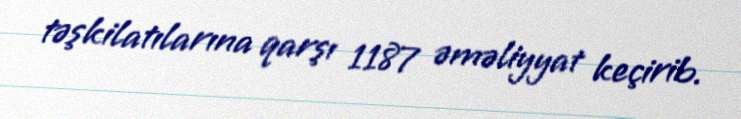
təşkilatılarına qarşı 1187 əməliyyat keçirib.